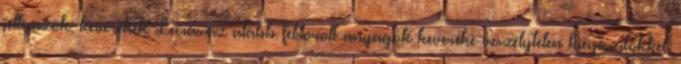
jellemzők: keverékek Leírás:az alább felsorolt anyagok keveréke veszélytelen kiegészítőkkel.